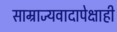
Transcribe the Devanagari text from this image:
साम्राज्यवादापेक्षाही